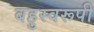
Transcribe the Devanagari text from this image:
बहुस्वरूपी